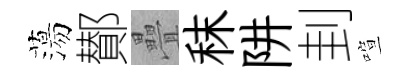
蕩鄼疊秣阱刲喧